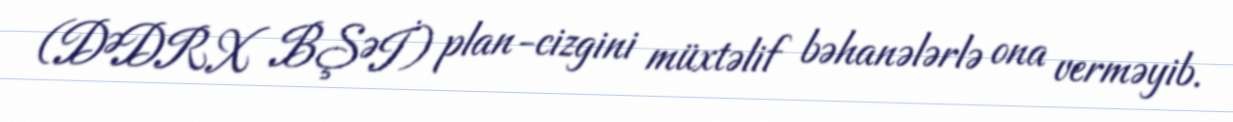
(DƏDRX BŞƏİ) plan-cizgini müxtəlif bəhanələrlə ona verməyib.